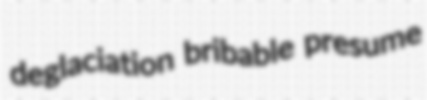
deglaciation bribable presume